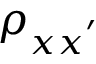
\rho _ { x x ^ { ' } }